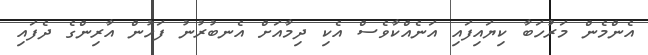
އެންމެން މަރުހަބާ ކިޔައިފައި އަނެއްކާވެސް އެކި ދިމާއަށް އެނބުރުނު ފަހުން އާރިންގެ ދެފައި